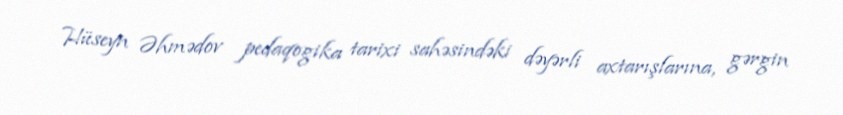
Hüseyn Əhmədov pedaqogika tarixi sahəsindəki dəyərli axtarışlarına, gərgin